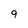
Character: 9